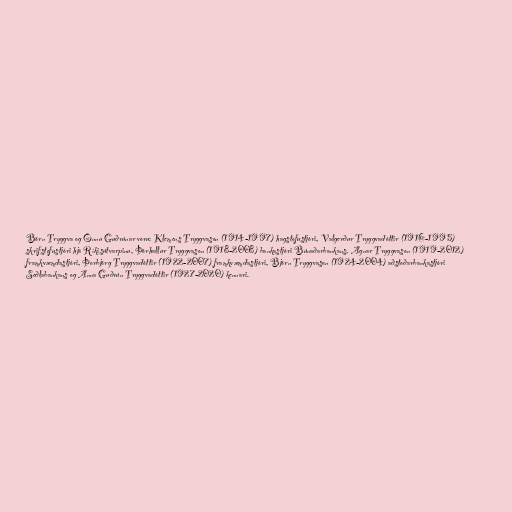
Börn Tryggva og Önnu Guðrúnar voru: Klemens Tryggvason (1914-1997) hagstofustjóri, Valgerður Tryggvadóttir (1916-1995)
skrifstofustjóri hjá Ríkisútvarpinu, Þórhallur Tryggvason (1918-2008) bankastjóri Búnaðarbankans, Agnar Tryggvason (1919-2012)
framkvæmdastjóri, Þorbjörg Tryggvadóttir (1922-2007) framkvæmdastjóri, Björn Tryggvason (1924-2004) aðstoðarbankastjóri
Seðlabankans og Anna Guðrún Tryggvadóttir (1927-2020) kennari.